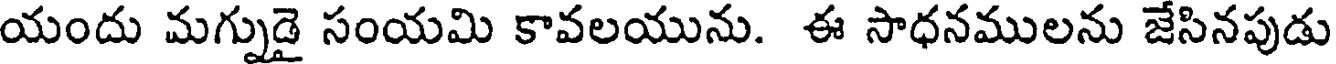
యందు మగ్నుడై సంయమి కావలయును. ఈ సాధనములను జేసినపుడు